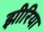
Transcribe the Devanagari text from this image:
झीरिया